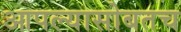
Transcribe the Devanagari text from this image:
आपल्यासोबतच